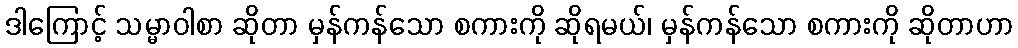
ဒါကြောင့် သမ္မာဝါစာ ဆိုတာ မှန်ကန်သော စကားကို ဆိုရမယ်၊ မှန်ကန်သော စကားကို ဆိုတာဟာ